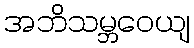
အဘိသမ္ဘဝေယျ